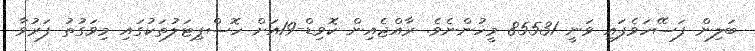
ބަލިން ފަސޭހަވެފައި ވަނީ 85531 މީހުންނެވެ. ރާއްޖެއިން ކޮވިޑް-19އަށް ހޮސްޕިޓަލުތަކުގައި މިވަގުތު ފަރުވާ